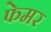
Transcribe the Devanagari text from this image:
फेमर